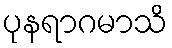
ပုနရာဂမာသိ